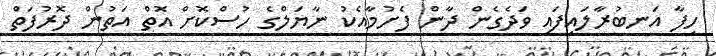
ހިފާ އަނބުރާލައިފައި ވަދެގެން ދާން ފެށުމާއެކު ނާޔަލްގެ ހުސްކޮށް އޮތް އަތުން ދޮރުފަތް